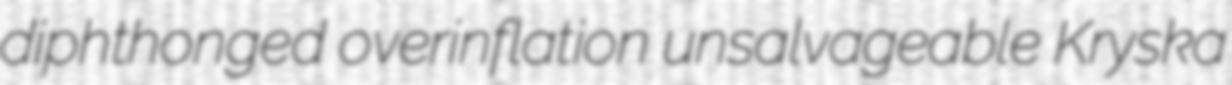
diphthonged overinflation unsalvageable Kryska